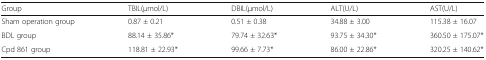
| Group | TBIL(μmol/L) | DBIL(μmol/L) | ALT(U/L) | AST(U/L) |
 | --- | --- | --- | --- | --- |
 | Sham operation group | 0.87 ± 0.21 | 0.51 ± 0.38 | 34.88 ± 3.00 | 115.38 ± 16.07 |
 | BDL group | 88.14 ± 35.86* | 79.74 ± 32.63* | 93.75 ± 34.30* | 360.50 ± 175.07* |
 | Cpd 861 group | 118.81 ± 22.93* | 99.66 ± 7.73* | 86.00 ± 22.86* | 320.25 ± 140.62* |